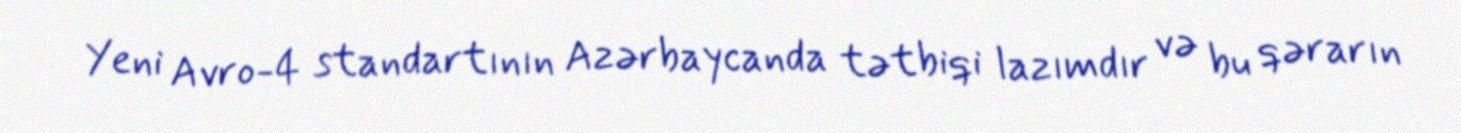
Yeni Avro-4 standartının Azərbaycanda tətbiqi lazımdır və bu qərarın